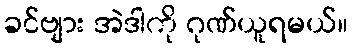
ခင်ဗျား အဲဒါကို ဂုဏ်ယူရမယ်။